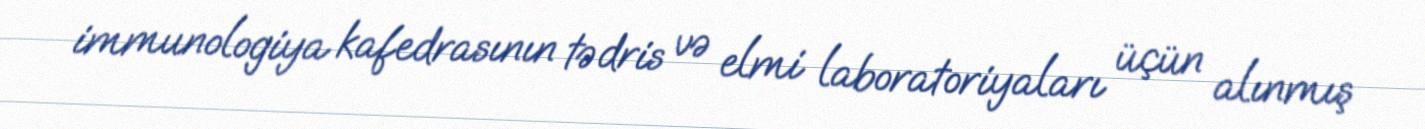
immunologiya kafedrasının tədris və elmi laboratoriyaları üçün alınmış